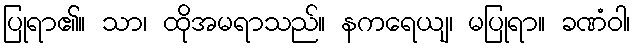
ပြုရာ၏။ သာ၊ ထိုအမရာသည်။ နကရေယျ၊ မပြုရာ။ ခဏံဝါ၊